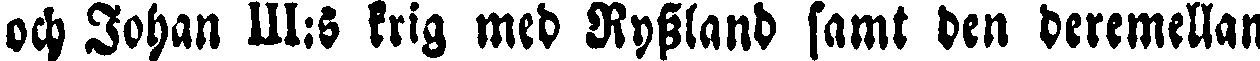
och Johan III:s krig med Ryssland samt den deremellan